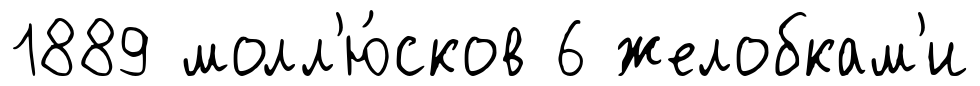
1889 молл'ю́сков 6 желобкам'и